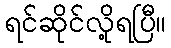
ရင်ဆိုင်လို့ရပြီ။